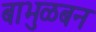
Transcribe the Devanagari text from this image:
बाभुळबन